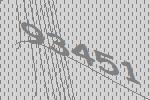
93451